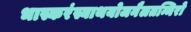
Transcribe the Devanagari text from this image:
भास्करंस्याथयोजनैलतन्मिरो